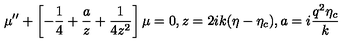
\mu ^ { \prime \prime } + \left[ - \frac { 1 } { 4 } + \frac { a } { z } + \frac { 1 } { 4 z ^ { 2 } } \right] \mu = 0 , z = 2 i k ( \eta - \eta _ { c } ) , a = i \frac { q ^ { 2 } \eta _ { c } } { k }